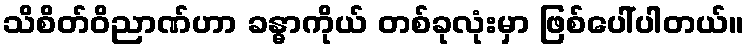
သိစိတ်ဝိညာဏ်ဟာ ခန္ဓာကိုယ် တစ်ခုလုံးမှာ ဖြစ်ပေါ်ပါတယ်။